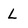
Character: L